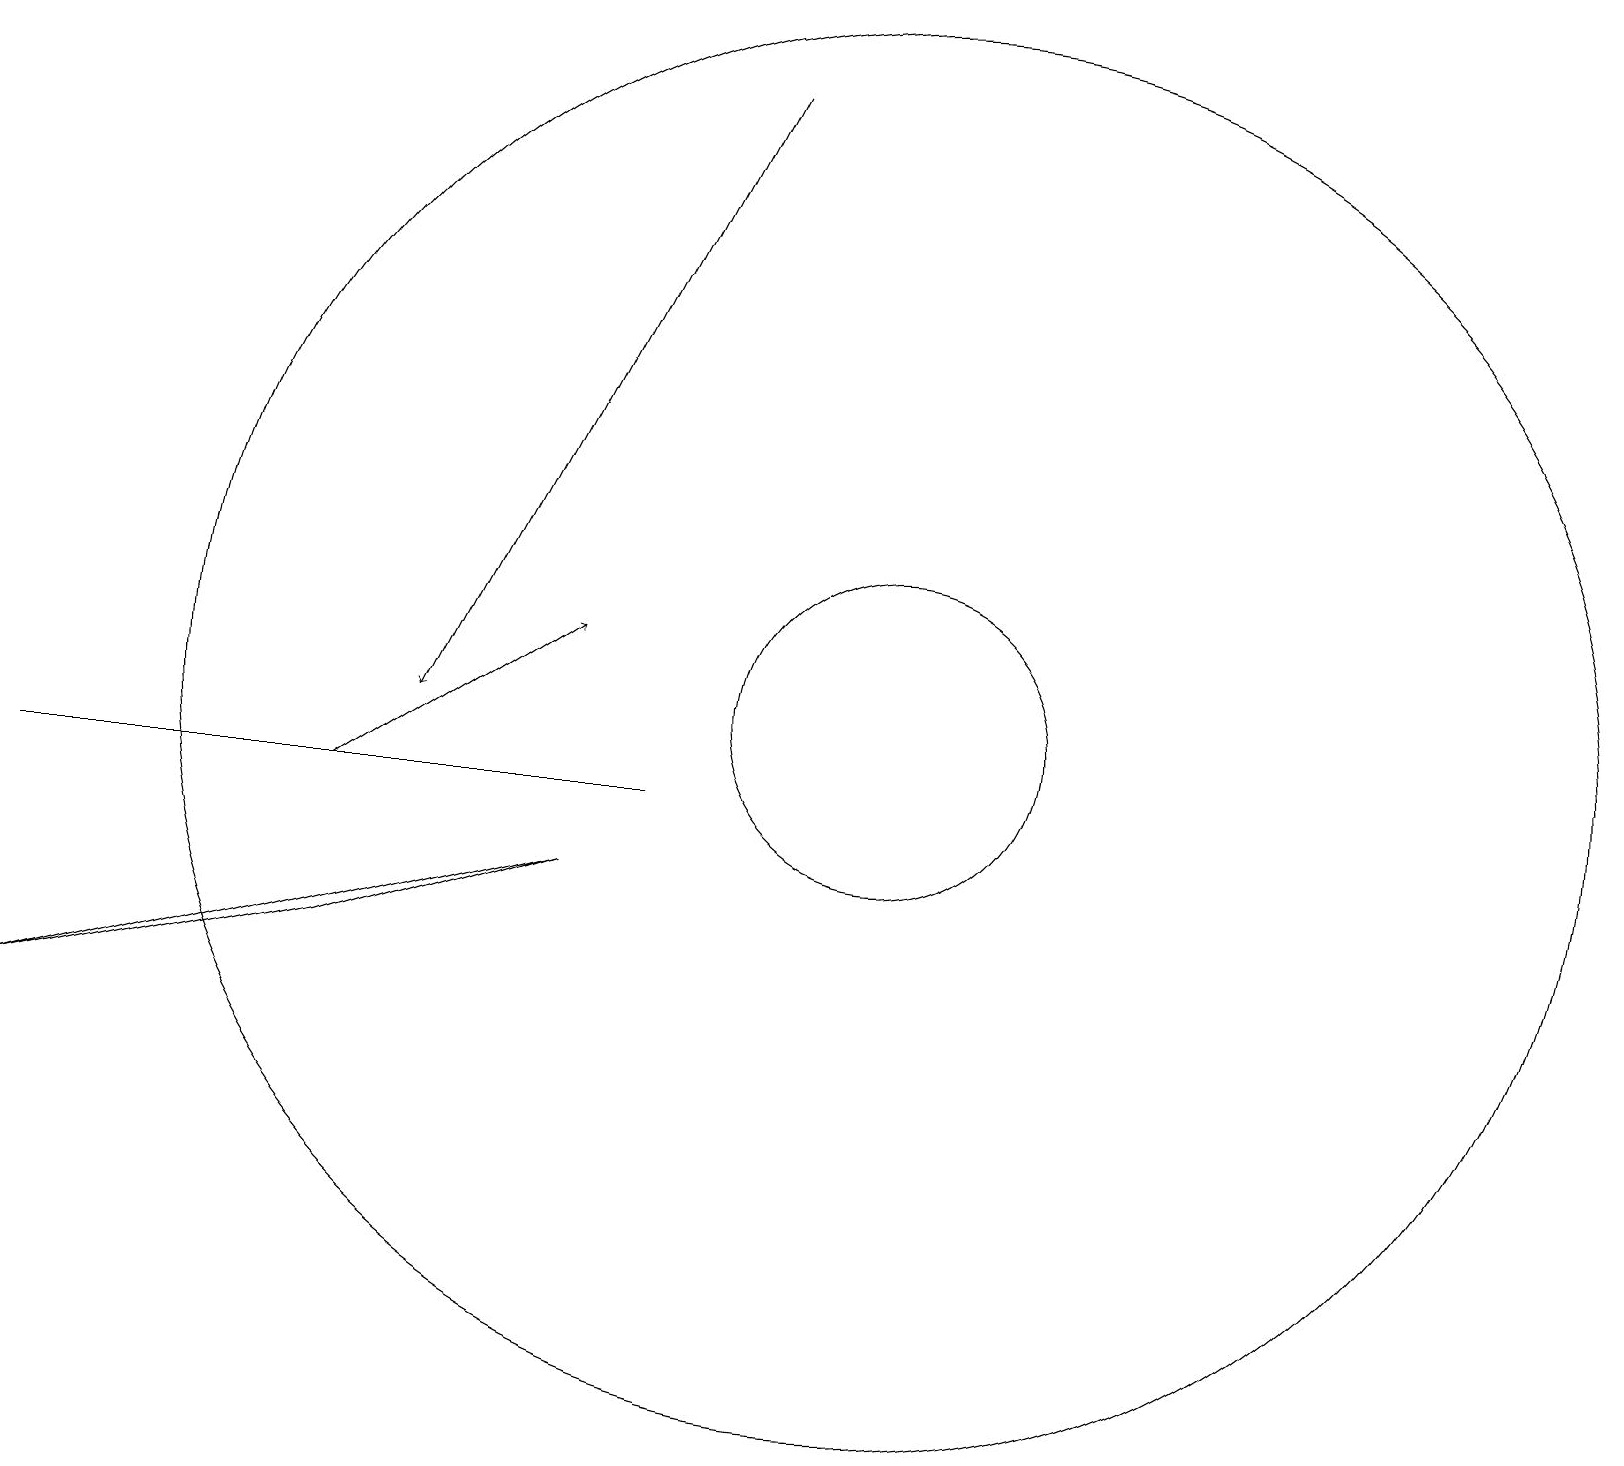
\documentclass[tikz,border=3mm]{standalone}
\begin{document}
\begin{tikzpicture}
\draw (11,11) circle (9);
\draw[->] (9,19) -- (5,11);
\draw (11,11) circle (2);
\draw[->] (4,10) -- (7,12);
\draw (8,10) rectangle (0,10);
\draw (7,9) -- (0,7) -- (4,8) -- cycle;
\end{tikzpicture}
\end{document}